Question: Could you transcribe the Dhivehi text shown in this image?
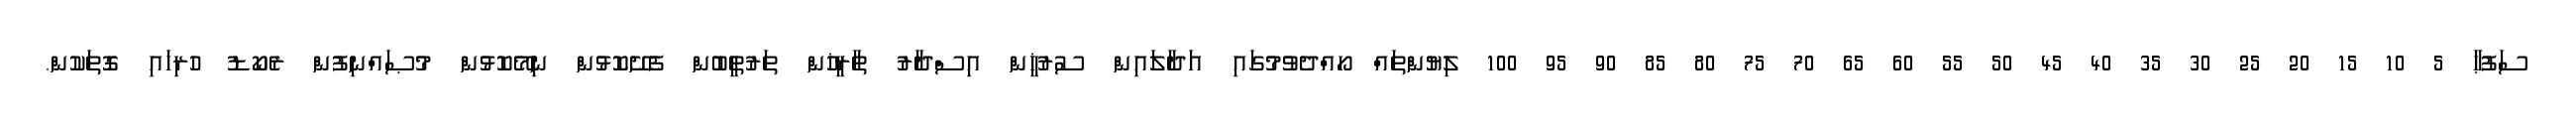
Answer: ސަފުޙާ 5 10 15 20 25 30 35 40 45 50 55 60 65 70 75 80 85 90 95 100 ލިޔުންތައް ހޯއްދެވުމުގައި އަދާލައިން ސުރުޚީން އިސްދާރު ތާރީޚުން ތަރުތީބުން ފެށޭކޮޅުން ނިމޭކޮޅުން މުޞައްނިފުން ރެކޯޑު ހުރިހައި ގޮތަކުން.